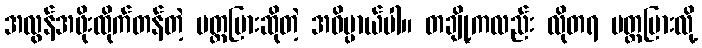
အလွန်အဖိုးထိုက်တန်တဲ့ ပတ္တမြားဆိုတဲ့ အဓိပ္ပာယ်ပါ။ တချို့ကလည်း လိုတရ ပတ္တမြားလို့